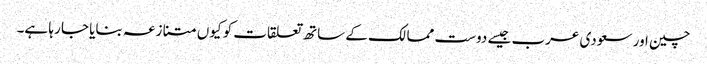
چین اور سعودی عرب جیسے دوست ممالک کے ساتھ تعلقات کو کیوں متنازعہ بنایا جا رہا ہے۔